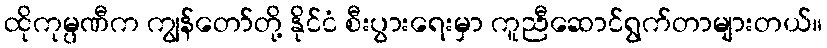
ထိုကုမ္ပဏီက ကျွန်တော်တို့ နိုင်ငံ စီးပွားရေးမှာ ကူညီဆောင်ရွက်တာများတယ်။